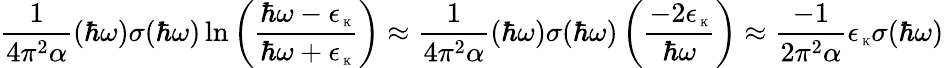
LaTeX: \frac{1}{4\pi^{2}\alpha}(\hbar\omega)\sigma(\hbar\omega)\ln{\left(\frac{\hbar\omega-\epsilon_{\mathrm{\tiny~K}}}{\hbar\omega+\epsilon_{\mathrm{\tiny~K}}}\right)}\approx\frac{1}{4\pi^{2}\alpha}(\hbar\omega)\sigma(\hbar\omega)\left(\frac{-2\epsilon_{\mathrm{\tiny~K}}}{\hbar\omega}\right)\approx\frac{-1}{2\pi^{2}\alpha}\epsilon_{\mathrm{\tiny~K}}\sigma(\hbar\omega)